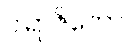
ပါရာဇိကော